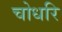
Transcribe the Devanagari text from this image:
चोधरि